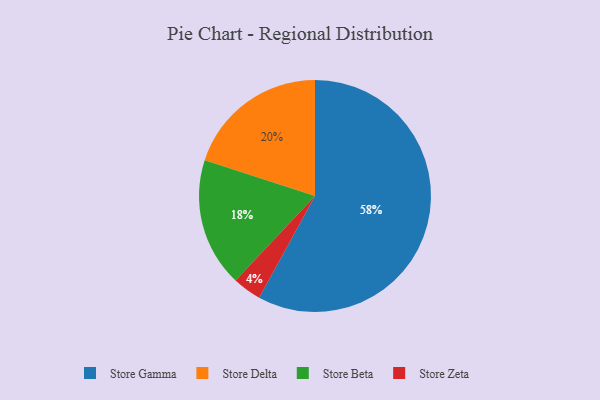
{"axis": {"x": "Category", "y": "Percentage"}, "legend": ["Store Beta", "Store Delta", "Store Gamma", "Store Zeta"], "data": [{"x": "Store Delta", "y": 20, "type": "Store Delta"}, {"x": "Store Gamma", "y": 58, "type": "Store Gamma"}, {"x": "Store Zeta", "y": 4, "type": "Store Zeta"}, {"x": "Store Beta", "y": 18, "type": "Store Beta"}]}